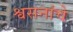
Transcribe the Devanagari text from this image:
श्वसनांचे